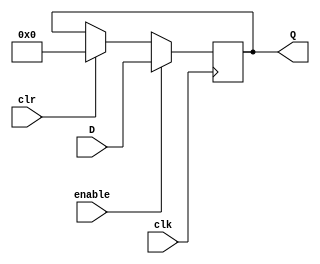
module reg32 (
	input clr,
	input clk,
	input enable,
	input [31:0] D,
	output reg [31:0] Q
	);
	
	
	
	always @(posedge clk) 
	begin
		if (enable) 
			Q <= D;
		else if (clr) 
			Q = 32'b0;
	end	
endmodule